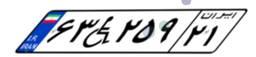
۶۳W۲۵۹۲۱